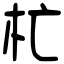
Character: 杧